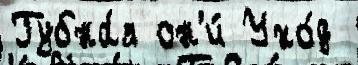
Губна́я он'и́ Ухо́д